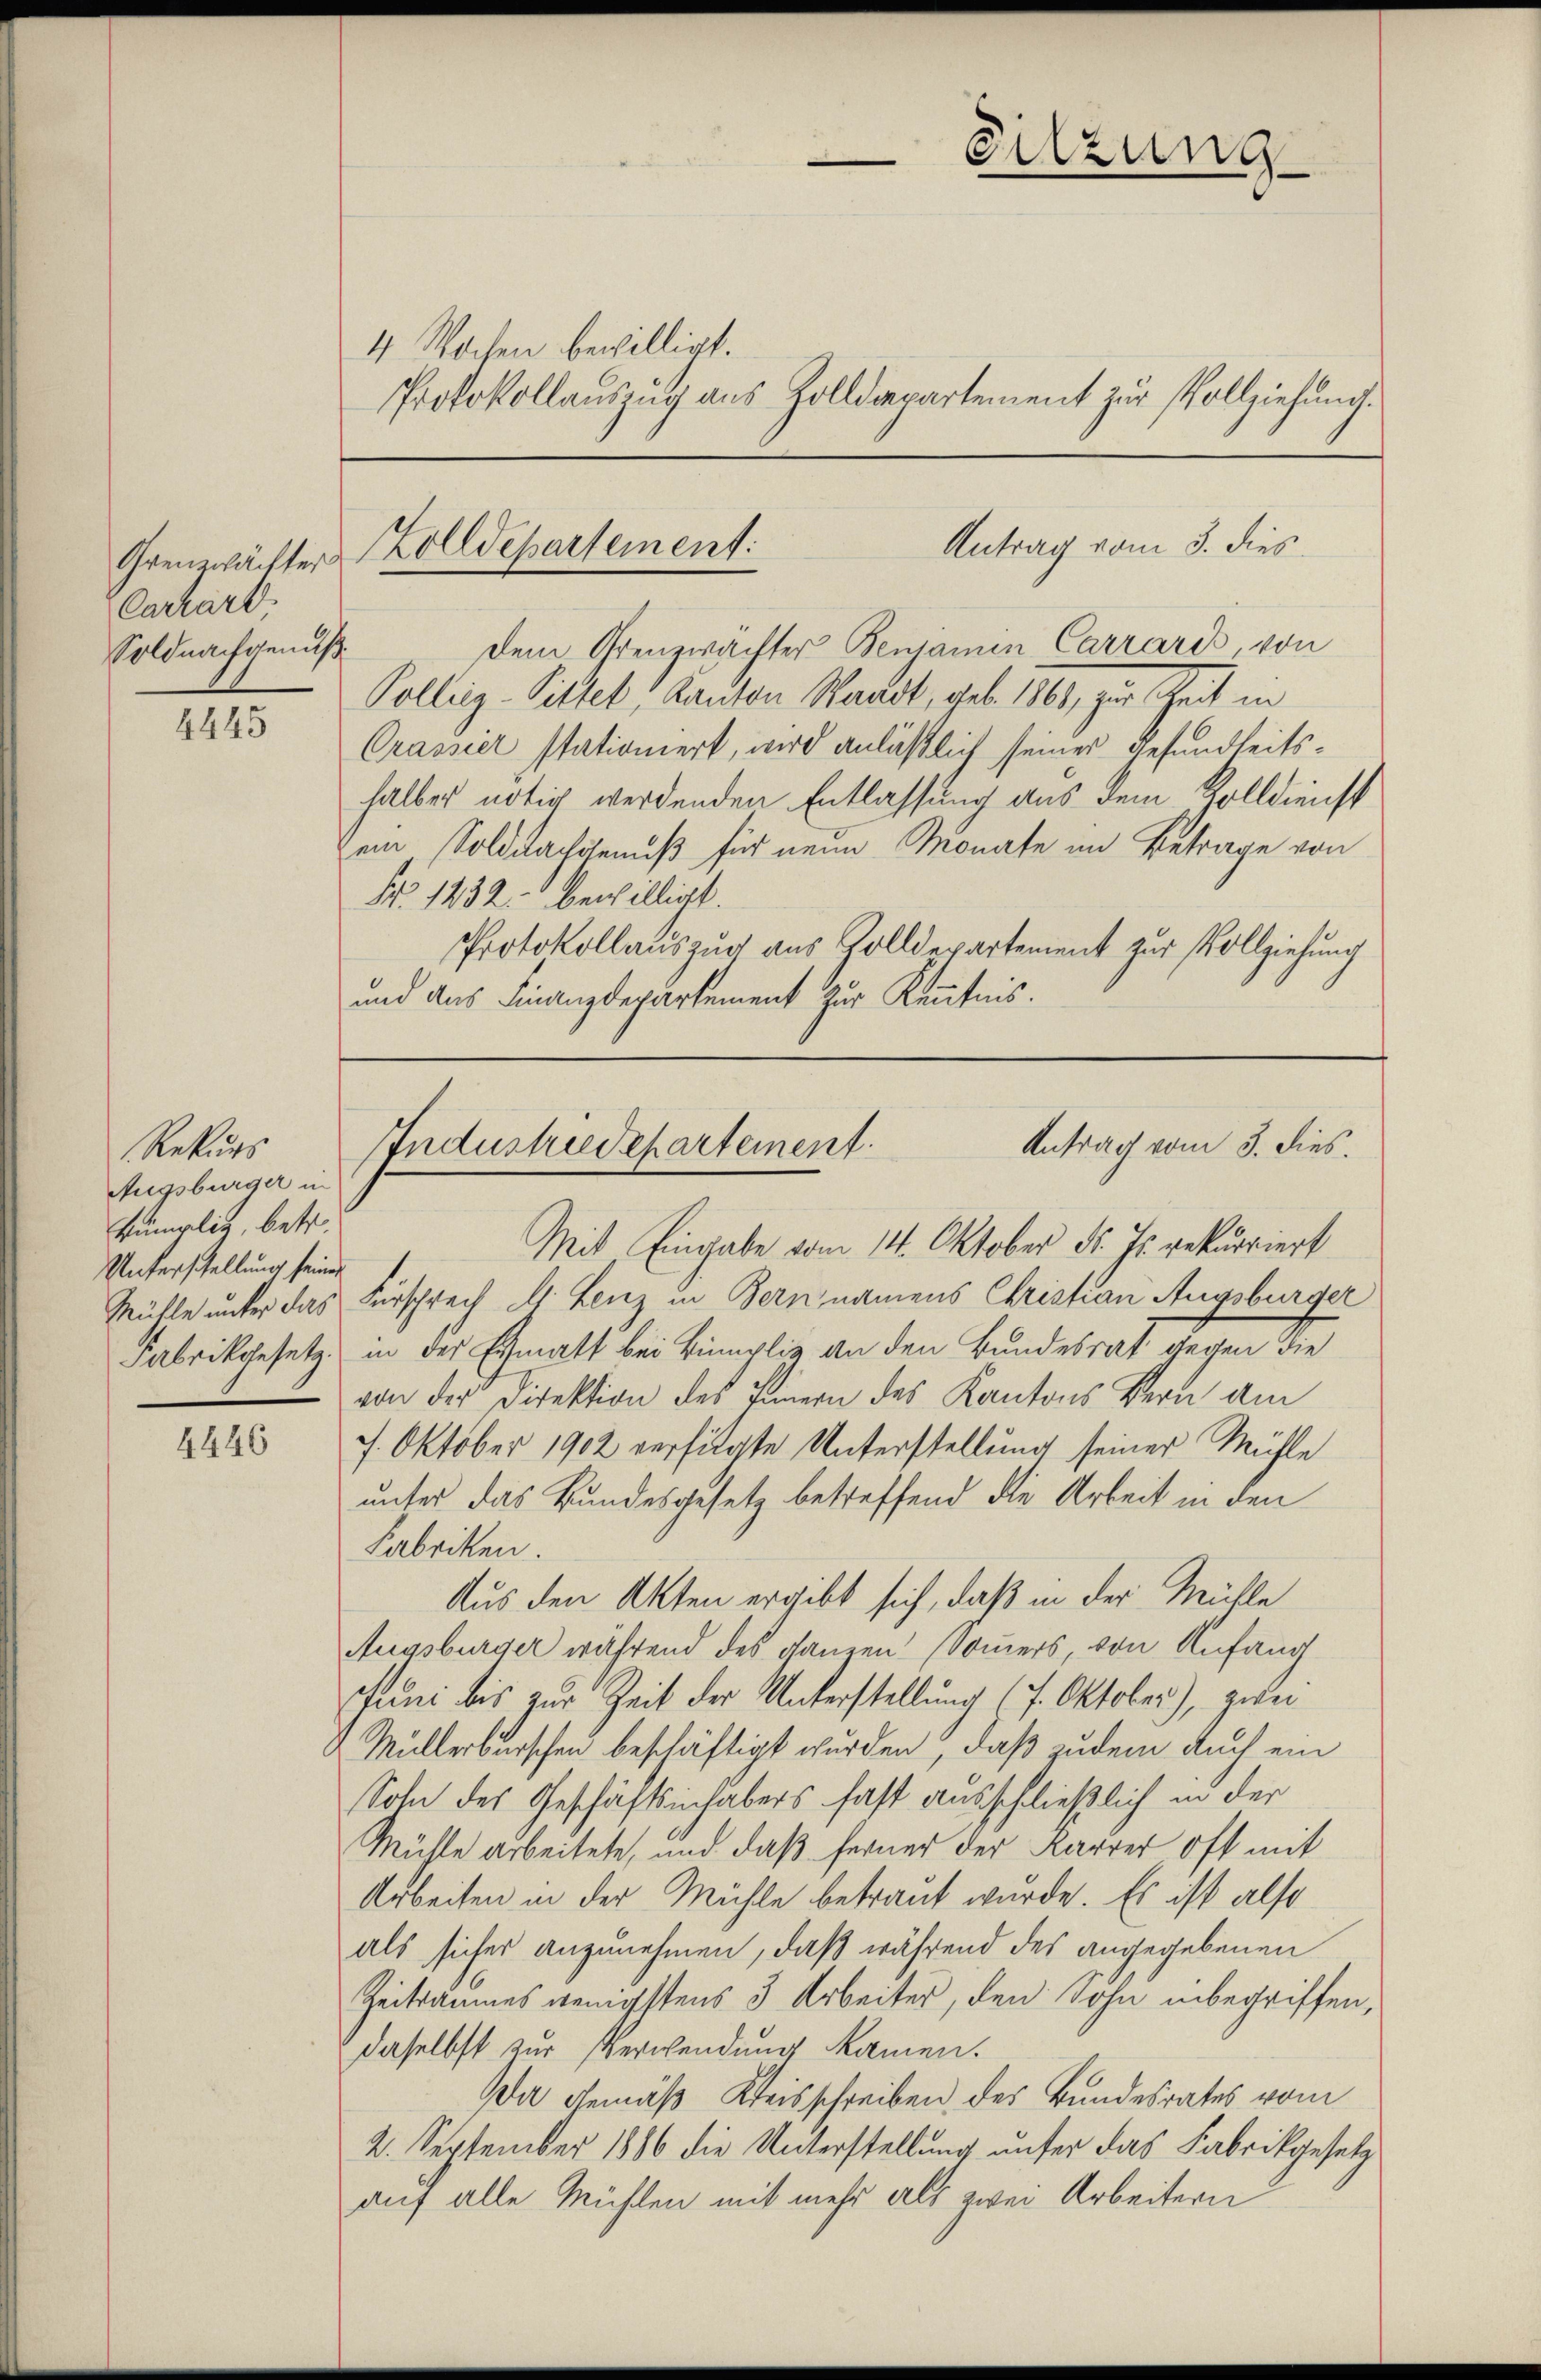
Carrard,
Soldnachgenuß

4445

4446

Rekurs
Augsburger in
kümplig, betr.
Unterschellung seiner

4 Wochen bewilligt.
Protokollauszug aus Zolldepartement zur Vollziehung.

dem Grenzwächter Benjamin Carraris, von
Polling-Sittet, Kanton Waadt, geb. 1861, zur Zeit in
Crassier stationiert, wird anläßlich seines Gesundheitshalber nötig werdenden Entlassung aus dem Kolldienst
zem Soldnachgenuß für neuen Monate im Betrage von
Nr. 1232. bewilligt.
Protokollauszug aus Zolldepartement zur Vollziehung
und das Finanzdepartement zur Kenntnis.

Mit Eingabe vom 14. Oktober d. Js. rekurriert
Mühle unter das Fürsprech s. Lenz in Bern namens Christian Augsburger
Fabrikgesetz in der Ermatt bei kumpliz, an den Bundesrat gegen die
von der Direktion des Feinern des Kantons Bern am
7. Oktober 1902 verfilgte Unterstellung seiner Mühle
unter das Bundesgesetz betreffend die Arbeit in den
Fabriken.
Aus den Akten ergibt sich, daß in der Mühle
Augsburger während des ganzen Sommers, von Anfang
Juni bis zur Zeit der Unterstellung (7. Oktober), geben
Müllerburschen beschäftigt wurden, daß zudem auch ein
Sohn des Geschäftsinhabers fast ausschließlich in der
Mühle arbeitete, und daß ferner der Karrer oft mit
Arbeiten in der Mühle betraut wurde. Es ist also
als sicher anzunehmen, daß während des angegebenen
Zeitraumes wenigstens 3 Arbeiter, den Sohn inbegriffen,
daselbst zur Verwendung kamen.
Da gemäß Kreisschreiben des Bundesrates vom
2. September 1886 die Unterstellung unter das Fabrikgesetz
auf alle Mühlen mit mehr als zwei Arbeitern

Sitzung

Antrag vom 3. dies
Grenzwächter Zolldepartement:

Antrag vom 3. dies.
Industriedepartement.